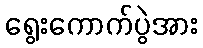
ရွေးကောက်ပွဲအား